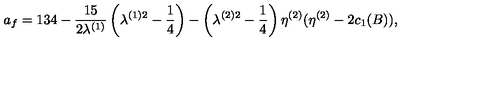
a _ { f } = 1 3 4 - \frac { 1 5 } { 2 \lambda ^ { ( 1 ) } } \left( \lambda ^ { ( 1 ) 2 } - \frac { 1 } { 4 } \right) - \left( \lambda ^ { ( 2 ) 2 } - \frac { 1 } { 4 } \right) \eta ^ { ( 2 ) } ( \eta ^ { ( 2 ) } - 2 c _ { 1 } ( B ) ) ,